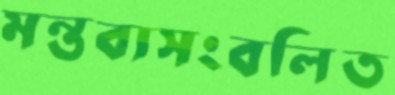
মন্তব্যসংবলিত